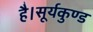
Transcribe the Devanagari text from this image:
है।सूर्यकुण्ड